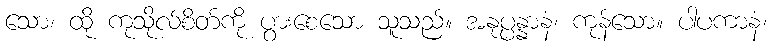
သော၊ ထို ကုသိုလ်စိတ်ကို ပွားစေသော သူသည်။ အနုပ္ပန္နာနံ၊ ကုန်သော။ ပါပကာနံ၊